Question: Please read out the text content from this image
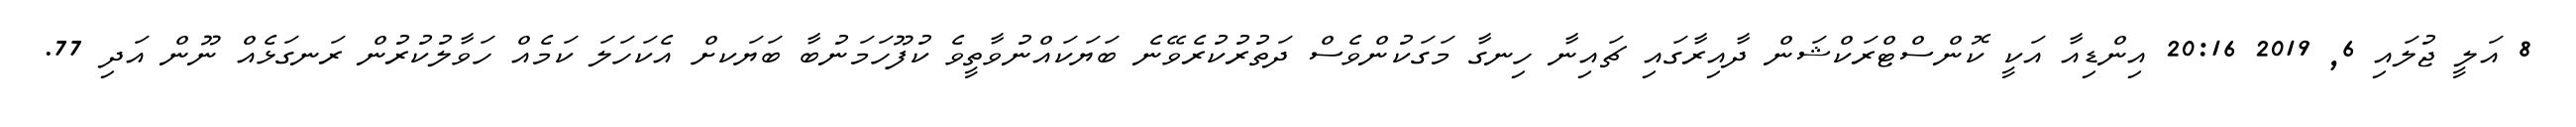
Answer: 8 އަލީ ޖުލައި 6, 2019 20:16 އިންޑިއާ އަކީ ކޮންސްޓްރަކްޝަން ދާއިރާގައި ޗައިނާ ހިނގާ މަގަކުންވެސް ދަތުރުކުރެވޭނެ ބަޔަކައްނުވާތީވެ ކުފޫހަމަނުބާ ބަޔަކށް އެކަހަލަ ކަމެއް ހަވާލުކުރުން ރަނގަޅެއް ނޫން އަދި 77.